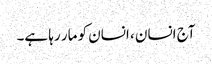
آج انسان ، انسان کو مار رہا ہے۔